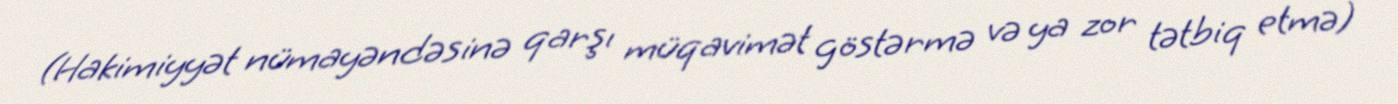
(Hakimiyyət nümayəndəsinə qarşı müqavimət göstərmə və ya zor tətbiq etmə)